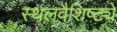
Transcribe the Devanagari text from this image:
स्थलवैशिष्ट्ये